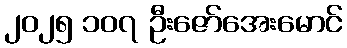
၂၀၂၅ ၁၀၇ ဦးဇော်အေးမောင်